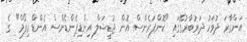
އަންގާރަ ދުވަހު ދަރުބާރުގޭގައި "ކޮންފަރެންސް އޮން ޖުޑީޝަލް އިންޑިޕެންޑެންސް އެންޑް ރިފޯމް" ގެ